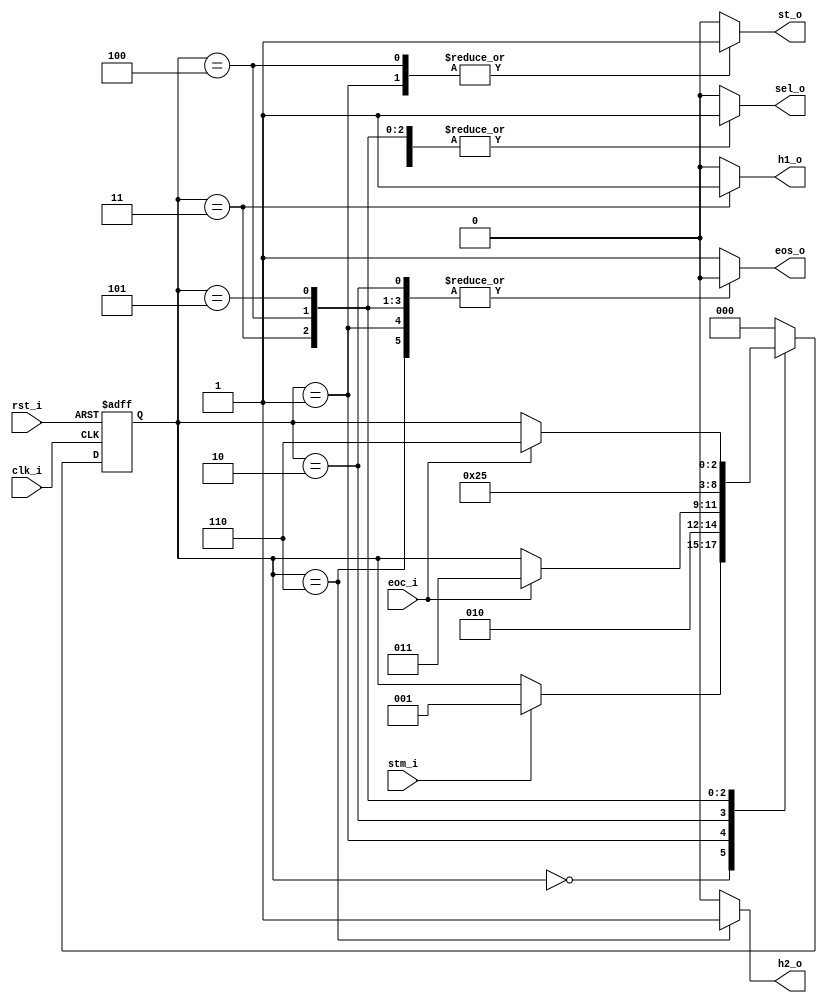
// Name: fsm_master.v
//
// Description: Maquina de estados utilizada para guardar las conversiones de 2 canales del ADC.

module fsm_master (
  input       clk_i,
  input       rst_i,
  input       stm_i,
  input       eoc_i,
  output reg  st_o,
  output reg  sel_o,
  output reg  h1_o,
  output reg  h2_o,
  output reg  eos_o
);

  localparam [2:0] s0 = 3'b000,
                   s1 = 3'b001,
                   s2 = 3'b010,
                   s3 = 3'b011,
                   s4 = 3'b100,
                   s5 = 3'b101,
                   s6 = 3'b110;

  reg [2:0] next_state, present_state;

  always @(stm_i, eoc_i, present_state) begin
    st_o = 1'b0; sel_o = 1'b0; h1_o = 1'b0; h2_o = 1'b0; eos_o = 1'b1;
    next_state = present_state;
    case(present_state)
      s0: begin
                st_o = 1'b0; sel_o = 1'b0; h1_o = 1'b0; h2_o = 1'b0; eos_o = 1'b1;
                if(stm_i)
                  next_state = s1;
              end

      s1: begin
                st_o = 1'b1; sel_o = 1'b0; h1_o = 1'b0; h2_o = 1'b0; eos_o = 1'b0;
                next_state = s2;
              end

      s2: begin
                st_o = 1'b0; sel_o = 1'b0; h1_o = 1'b0; h2_o = 1'b0; eos_o = 1'b0;
                if(eoc_i)
                  next_state = s3;
              end

      s3: begin
                st_o = 1'b0; sel_o = 1'b1; h1_o = 1'b1; h2_o = 1'b0; eos_o = 1'b0;
                next_state = s4;
              end

      s4: begin
                st_o = 1'b1; sel_o = 1'b1; h1_o = 1'b0; h2_o = 1'b0; eos_o = 1'b0;
                next_state = s5;
              end

      s5: begin
                st_o = 1'b0; sel_o = 1'b1; h1_o = 1'b0; h2_o = 1'b0; eos_o = 1'b0;
                if(eoc_i)
                  next_state = s6;
              end

      s6: begin
                st_o = 1'b0; sel_o = 1'b1; h1_o = 1'b0; h2_o = 1'b1; eos_o = 1'b0;
                next_state = s0;
              end

      default: begin
                next_state = s0;
               end
    endcase
  end

  always@ (posedge clk_i, posedge rst_i) begin
    if (rst_i)
      present_state <= s0;
    else
      present_state <= next_state;
  end

endmodule